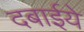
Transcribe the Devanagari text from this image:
दबाईये